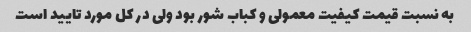
به نسبت قیمت کیفیت معمولی و کباب شور بود ولی در کل مورد تایید است